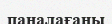
паналағаны